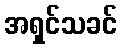
အရှင်သခင်